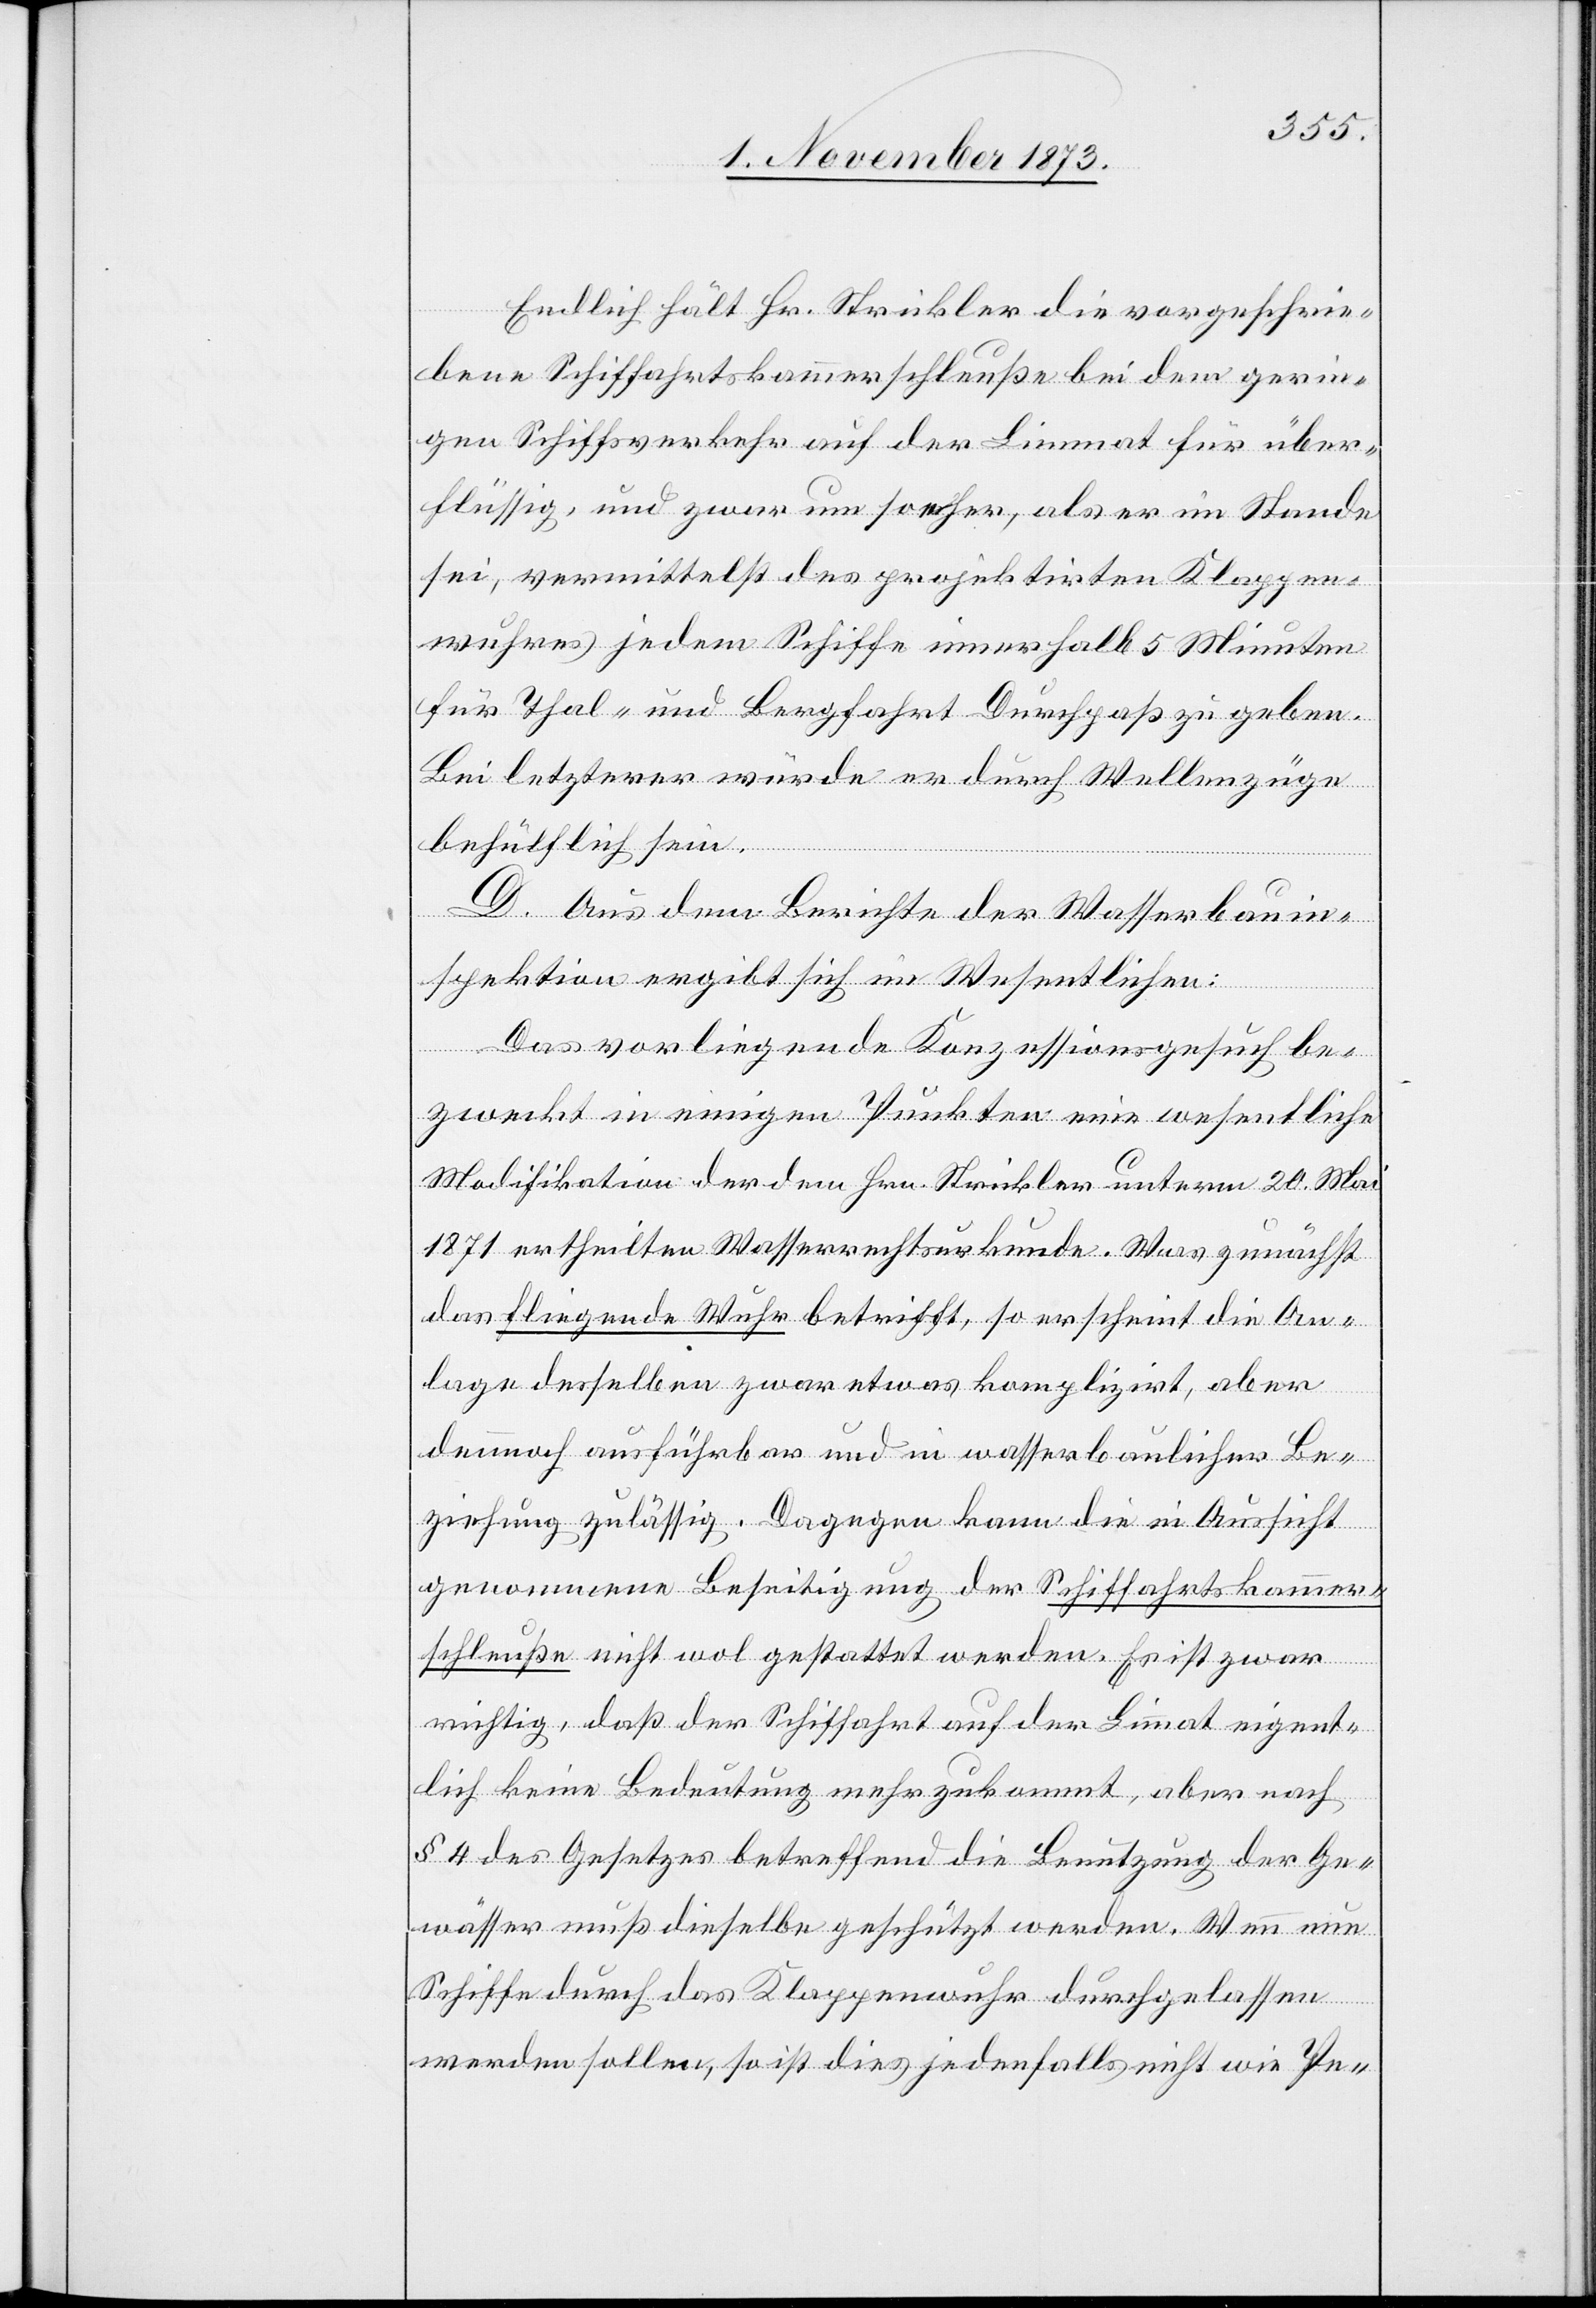
Endlich hält Hr. Strickler die vorgeschrie¬
bene Schiffahrtskammerschleuße bei dem gerin¬
gen Schiffsverkehr auf der Limmat für über¬
flüssig, und zwar um so eher, als er im Stande
sei, vermittelst des projektirten Klappen¬
wuhres jedem Schiffe innerhalb 5 Minuten
für Thal- und Bergfahrt Durchpaß zu geben.
Bei letzterer würde er durch Wellenzüge
behülflich sein.
D. Aus dem Berichte der Wasserbauin¬
spektion ergibt sich im Wesentlichen:
Das vorliegende Konzessionsgesuch be¬
zweckt in einigen Punkten eine wesentliche
Modifikation der dem Hrn. Strickler unterm 20. Mai
1871 ertheilten Wasserrechtsurkunde. Was zunächst
das fliegende Wuhr betrifft, so erscheint die An¬
lage desselben zwar etwas komplizirt, aber
dennoch ausführbar und in wasserbaulicher Be¬
ziehung zulässig. Dagegen kann die in Aussicht
genommene Beseitigung der Schiffahrtskammer¬
schleuße nicht wol gestattet werden. Es ist zwar
richtig, daß der Schiffahrt auf der Limmat eigent¬
lich keine Bedeutung mehr zukommt, aber nach
§ 4 des Gesetzes betreffend die Benutzung der Ge¬
wässer muß dieselbe geschützt werden. Wenn nun
Schiffe durch das Klappenwuhr durchgelassen
werden sollen, so ist dies jedenfalls nicht wie Pe-